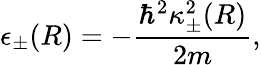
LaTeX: \epsilon_{\pm}(R)=-\frac{\hbar^{2}\kappa_{\pm}^{2}(R)}{2m},